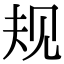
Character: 规